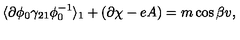
\langle \partial \phi _ { 0 } \gamma _ { 2 1 } \phi _ { 0 } ^ { - 1 } \rangle _ { 1 } + ( \partial \chi - e A ) = m \cos { \beta } v ,